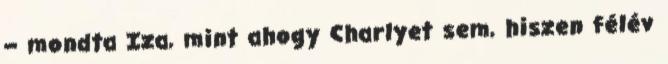
– mondta Iza, mint ahogy Charlyet sem, hiszen félév